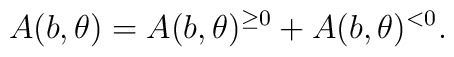
A(b,\theta)=  A(b,\theta)^{\geq 0}+A(b,\theta)^{<0} .